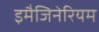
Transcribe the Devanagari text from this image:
इमैजिनेरियम